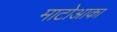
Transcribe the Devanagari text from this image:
माटोआका